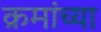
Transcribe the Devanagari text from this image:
क्रमांच्या